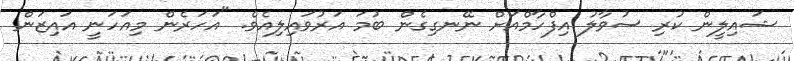
ޝައިލީން ކުރި ސުވާލު އިފްހާމްއަށް ނޭނގިގެން ބުމަ އަރުވައިލިއެވެ. "އަހަރެން މިއަހަނީ އައިޒަން